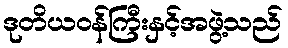
ဒုတိယဝန်ကြီးနှင့်အဖွဲ့သည်